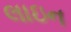
લાઇન